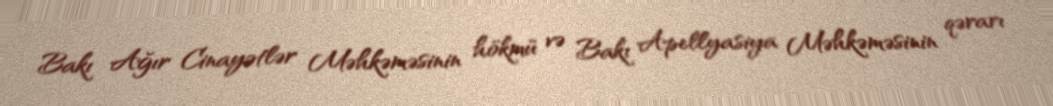
Bakı Ağır Cinayətlər Məhkəməsinin hökmü və Bakı Apellyasiya Məhkəməsinin qərarı